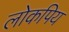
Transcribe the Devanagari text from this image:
लोकपिय